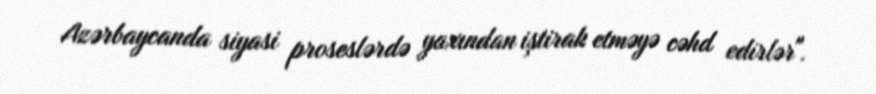
Azərbaycanda siyasi proseslərdə yaxından iştirak etməyə cəhd edirlər".